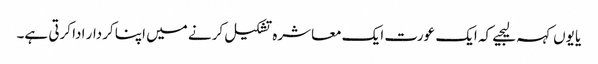
یا یوں کہہ لیجیے کہ ایک عورت ایک معاشرہ تشکیل کرنے میں اپنا کردار ادا کرتی ہے۔